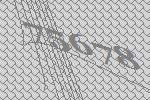
75678